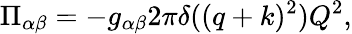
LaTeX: \Pi_{\alpha\beta}=-g_{\alpha\beta}2\pi\delta((q+k)^{2})Q^{2},